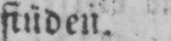
fiüden.